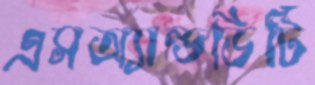
এসঅ্যান্ডডিটি